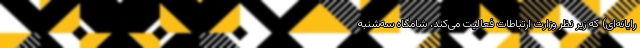
رایانه‌ای) که زیر نظر وزارت ارتباطات فعالیت می‌کند، شامگاه سه‌شنبه